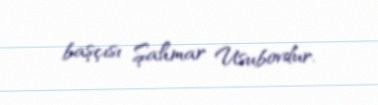
başçısı Şahmar Usubovdur.